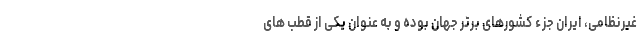
غیرنظامی، ایران جزء کشورهای برتر جهان بوده و به عنوان یکی از قطب های